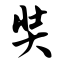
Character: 奘